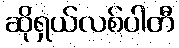
ဆိုရှယ်လစ်ပါတီ